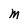
Character: M